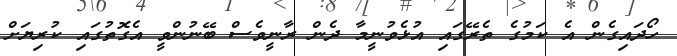
ހޯދައިގެން އެ ކަމުގެ ތެރޭގައި އުޅެވުނީމާ ދެން ރާނީވެސް ބޭނުންވީ އެގޮތުގައި ކުރިޔަށް